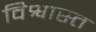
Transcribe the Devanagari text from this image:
विश्वास्त